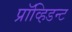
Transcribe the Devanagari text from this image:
प्रॉव्हिडन्ट